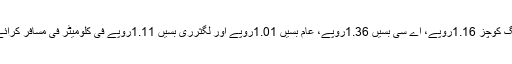
جن کے تحت فلائنگ کوچز 1.16روپے، اے سی بسیں 1.36روپے، عام بسیں 1.01روپے اور لگثرری بسیں 1.11روپے فی کلومیٹر فی مسافر کرائے وصول کریں گی۔